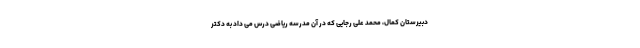
دبیرستان کمال، محمد علی رجایی که در آن مدرسه ریاضی درس می داد به دکتر